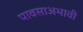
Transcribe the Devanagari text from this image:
पावसाअभावी